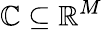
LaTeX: \mathbb{C}\subseteq\mathbb{{R}}^{M}